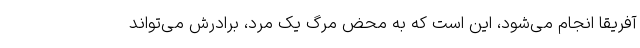
آفریقا انجام می‌شود، این است که به محض مرگ یک مرد، برادرش می‌تواند